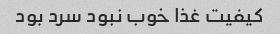
کیفیت غذا خوب نبود سرد بود